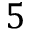
5